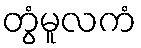
တွံမူလကံ